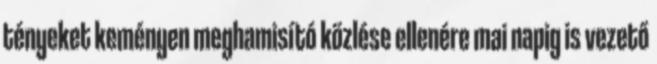
tényeket keményen meghamisító közlése ellenére mai napig is vezető